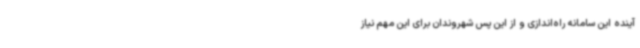
آینده این سامانه راه‌اندازی و از این پس شهروندان برای این مهم نیاز